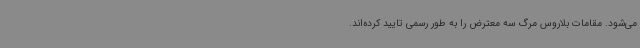
می‌شود. مقامات بلاروس مرگ سه معترض را به طور رسمی تایید کرده‌اند.